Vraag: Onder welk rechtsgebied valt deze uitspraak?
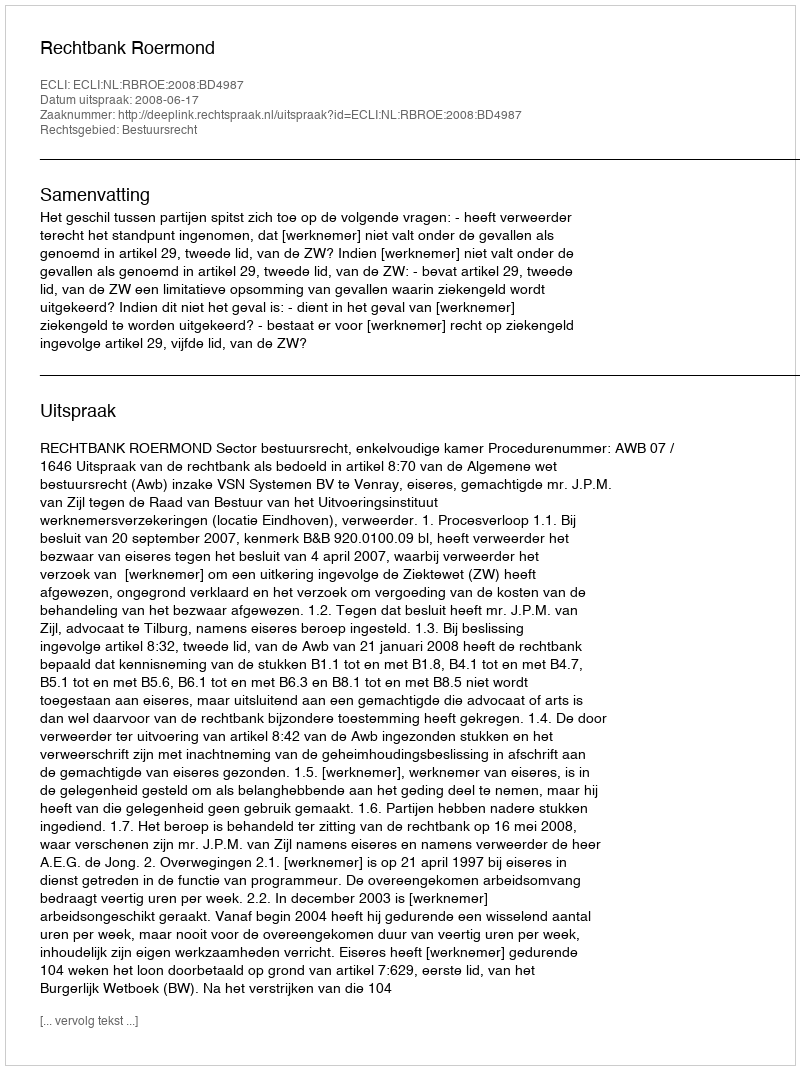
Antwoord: Bestuursrecht